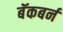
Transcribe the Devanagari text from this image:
बॅकबर्न